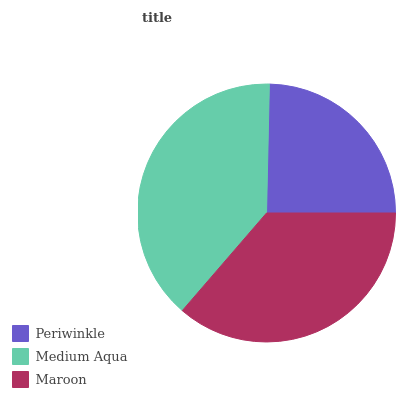
| Periwinkle | Medium Aqua | Maroon |
 | --- | --- | --- |
 | 24.7% | 39% | 36.3% |